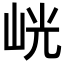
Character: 𭖙